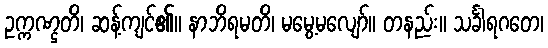
ဥက္ကဏ္ဌတိ၊ ဆန့်ကျင်၏။ နာဘိရမတိ၊ မမွေ့မလျော်။ တနည်း။ သင်္ခါရဂတေ၊